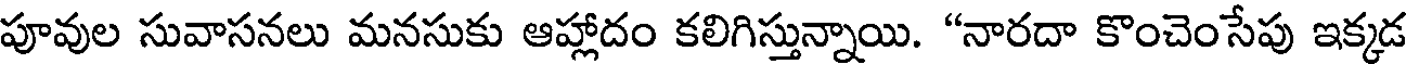
పూవుల సువాసనలు మనసుకు ఆహ్లాదం కలిగిస్తున్నాయి. "నారదా కొంచెంసేపు ఇక్కడ